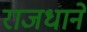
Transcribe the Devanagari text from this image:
राजधाने